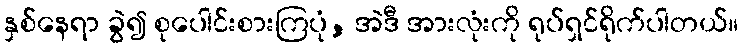
နှစ်နေရာ ခွဲ၍ စုပေါင်းစားကြပုံ, အဲဒီ အားလုံးကို ရုပ်ရှင်ရိုက်ပါတယ်။